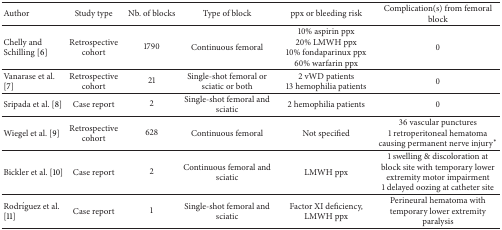
| Author | Study type | Nb. of blocks | Type of block | ppx or bleeding risk | Complication(s) from femoral block |
 | --- | --- | --- | --- | --- | --- |
 | Chelly and Schilling [6] | Retrospective cohort | 1790 | Continuous femoral | 10% aspirin ppx20% LMWH ppx10% fondaparinux ppx60% warfarin ppx | 0 |
 | Vanarase et al. [7] | Retrospective cohort | 21 | Single-shot femoral or sciatic or both | 2 vWD patients13 hemophilia patients | 0 |
 | Sripada et al. [8] | Case report | 2 | Single-shot femoral and sciatic | 2 hemophilia patients | 0 |
 | Wiegel et al. [9] | Retrospective cohort | 628 | Continuous femoral | Not specified | 36 vascular punctures1 retroperitoneal hematoma causing permanent nerve injury∗ |
 | Bickler et al. [10] | Case report | 2 | Continuous femoral and sciatic | LMWH ppx | 1 swelling & discoloration at block site with temporary lower extremity motor impairment1 delayed oozing at catheter site |
 | Rodríguez et al. [11] | Case report | 1 | Single-shot femoral and sciatic | Factor XI deficiency, LMWH ppx | Perineural hematoma with temporary lower extremity paralysis |